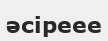
әсіреее